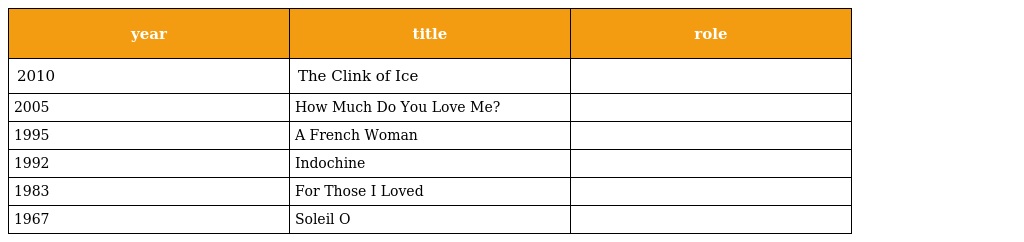
| year | title | role |
 | --- | --- | --- |
 | 2010 | The Clink of Ice |  |
 | 2005 | How Much Do You Love Me? |  |
 | 1995 | A French Woman |  |
 | 1992 | Indochine |  |
 | 1983 | For Those I Loved |  |
 | 1967 | Soleil O |  |